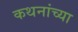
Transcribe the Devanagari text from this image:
कथनांच्या